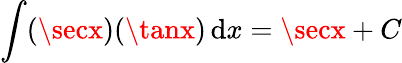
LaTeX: \int(\secx)(\tanx)\, \mathrm{d}x=\secx+C